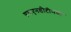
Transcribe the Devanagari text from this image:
एसएनडीटीमध्ये